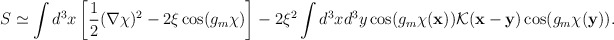
\begin{align*}S\simeq\int d^3x\left[\frac12(\nabla\chi)^2-2\xi\cos(g_m\chi)\right]-2\xi^2\int d^3xd^3y\cos(g_m\chi({\bf x})){\cal K}({\bf x}-{\bf y})\cos(g_m\chi({\bf y})).\end{align*}